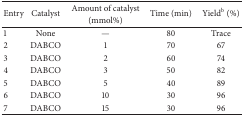
<table><thead><tr><td rowspan="2"><b>Entry</b></td><td rowspan="2"><b>Catalyst</b></td><td><b>Amount of catalyst </b></td><td rowspan="2"><b>Time (min)</b></td><td rowspan="2"><b>Yield<sup>b</sup> (%)</b></td></tr><tr><td><b>(mmol%)</b></td></tr></thead><tbody><tr><td>1</td><td>None</td><td>—</td><td>80</td><td>Trace</td></tr><tr><td>2</td><td>DABCO</td><td>1</td><td>70</td><td>67</td></tr><tr><td>3</td><td>DABCO</td><td>2</td><td>60</td><td>74</td></tr><tr><td>4</td><td>DABCO</td><td>3</td><td>50</td><td>82</td></tr><tr><td>5</td><td>DABCO</td><td>5</td><td>40</td><td>89</td></tr><tr><td>6</td><td>DABCO</td><td>10</td><td>30</td><td>96</td></tr><tr><td>7</td><td>DABCO</td><td>15</td><td>30</td><td>96</td></tr></tbody></table>